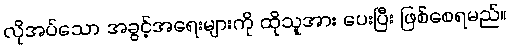
လိုအပ်သော အခွင့်အရေးများကို ထိုသူအား ပေးပြီး ဖြစ်စေရမည်။